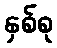
နှစ်စု